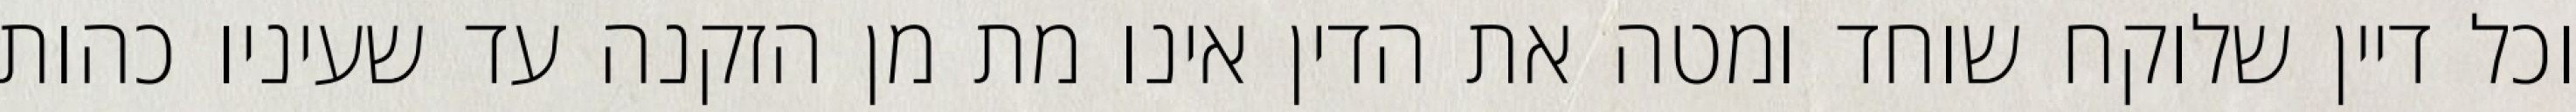
וכל דיין שלוקח שוחד ומטה את הדין אינו מת מן הזקנה עד שעיניו כהות